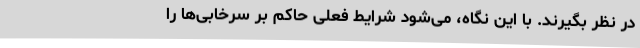
در نظر بگیرند. با این نگاه، می‌شود شرایط فعلی حاکم بر سرخابی‌ها را